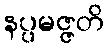
နပ္ပမဇ္ဇတိ